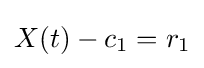
X(t)-c_{1}=r_{1}